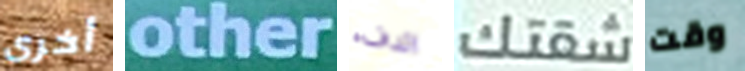
أخرى other الدفء شقتك وقت